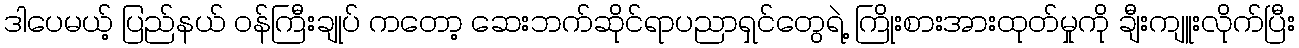
ဒါပေမယ့် ပြည်နယ် ဝန်ကြီးချုပ် ကတော့ ဆေးဘက်ဆိုင်ရာပညာရှင်တွေရဲ့ ကြိုးစားအားထုတ်မှုကို ချီးကျူးလိုက်ပြီး